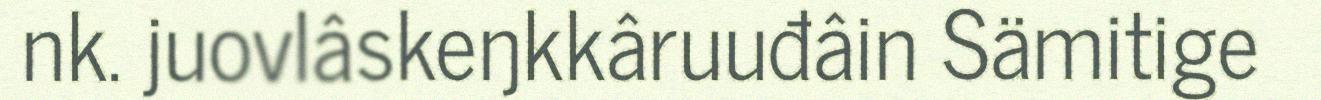
nk. juovlâskeŋkkâruuđâin Sämitige